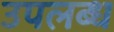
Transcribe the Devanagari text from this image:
उपलब्ध्‍ा